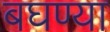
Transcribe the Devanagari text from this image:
बघण्या